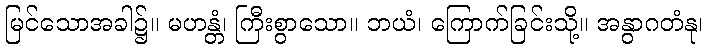
မြင်သောအခါ၌။ မဟန္တံ၊ ကြီးစွာသော။ ဘယံ၊ ကြောက်ခြင်းသို့။ အနွာဂတံနု၊